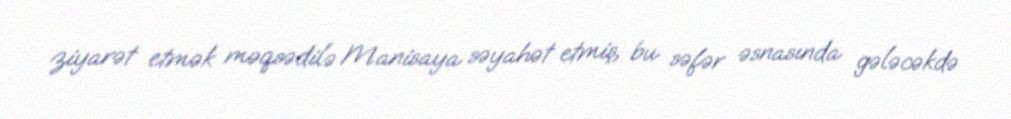
ziyarət etmək məqsədilə Manisaya səyahət etmiş, bu səfər əsnasında gələcəkdə